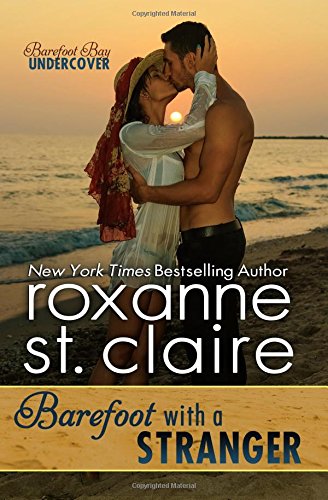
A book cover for Barefoot With a Stranger (Barefoot Bay Undercover) (Volume 2); Roxanne St. Claire; Romance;